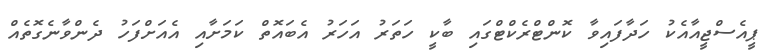
ޕީއެސްޖީއާއެކު ހަދާފައިވާ ކޮންޓްރެކްޓްގައި ބާކީ ހަތަރު އަހަރު އެބައޮތް ކަމަށާއި އެއަށްފަހު ދެންވާނެގޮތެއް